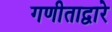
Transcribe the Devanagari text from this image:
गणीताद्वारे